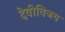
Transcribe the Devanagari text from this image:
देवीविजय